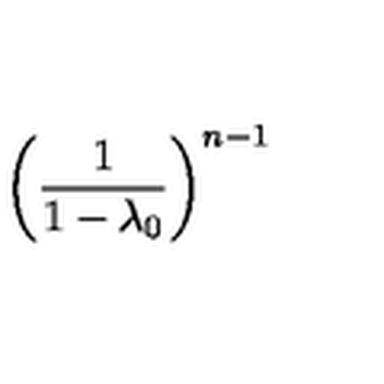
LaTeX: \left( { \frac { 1 } { 1 - \lambda _ { 0 } } } \right) ^ { n - 1 }